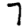
Digit: 7